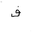
Letter: _fa